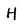
Character: H